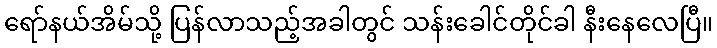
ရော်နယ်အိမ်သို့ ပြန်လာသည့်အခါတွင် သန်းခေါင်တိုင်ခါ နီးနေလေပြီ။